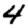
Digit: 4